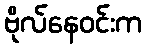
ဗိုလ်နေဝင်းက